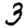
Digit: 3